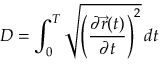
D = \int _ { 0 } ^ { T } { \sqrt { \left( { \frac { \partial { \vec { r } } ( t ) } { \partial t } } \right) ^ { 2 } } } \, d t